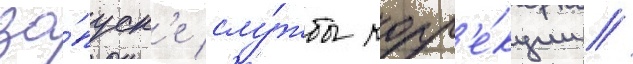
за́пуск'е слу́жбы корр'е́кции //